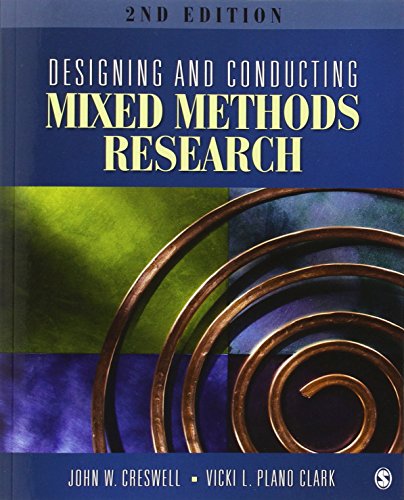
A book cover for Designing and Conducting Mixed Methods Research; John W. Creswell; Medical Books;